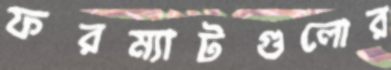
ফরম্যাটগুলোর